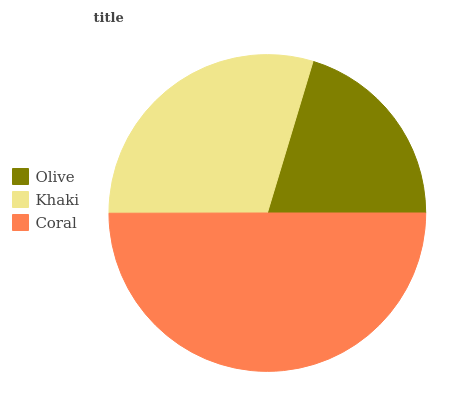
| Olive | Khaki | Coral |
 | --- | --- | --- |
 | 20.4% | 29.6% | 50% |